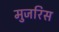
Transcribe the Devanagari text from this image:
मुजरिस